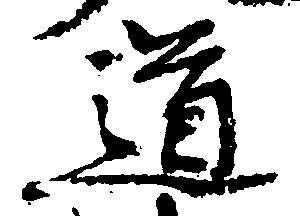
道